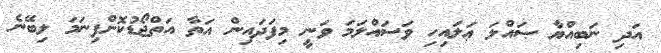
އަދި ނަބިއްޔާ ޞައްލަ ޢަލައިހި ވަސައްލަމަ ވަނީ މިފަދައިން އަތާ އަތްޖޯޑުކޮށްފިނަމަ ލިބޭނެ